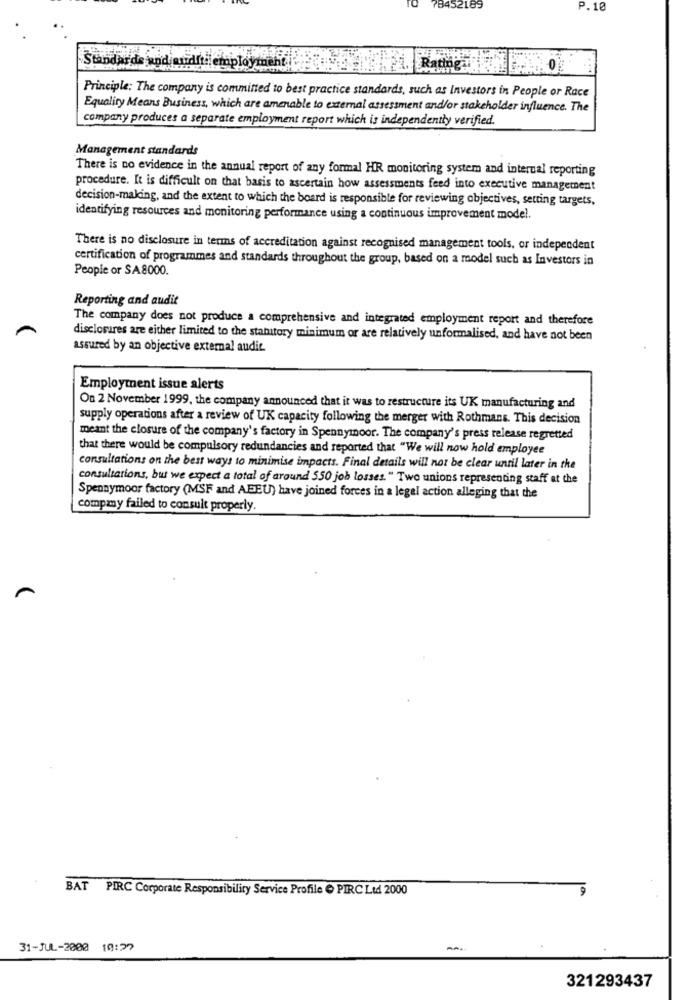
84521.83
P.10
Standards and audit: employment
Ra
Principle: The company is committed to best practice standards, such as Investors in People or Race
Equality Means Business, which are amenable to external assessment and/or stakeholder influence. The
company produces a separate employment report which is independentty verified
Management standards
There is no evidence in the annual report of any formal HR monitoring system and internal reporting
procedure. It is difficult on that basis to ascertain how assessments feed into executive management
decision-making, and the extent to which the board is responsible for reviewing objectives, setting targets,
identifying resources and monitoring performance using a continuous improvement model.
There is no disclosure in terms of accreditation against recognised management tools, or independent
certification of programmes and standards throughout the group, based on a model such as Investors in
People or SA8000.
Reporting and audit
The company does not produce a comprehensive and integrated employment report and therefore
disclosures are either limited to the stamitory minimum or are relatively unformalised, and have not been
assured by an objective external audit
Employment issue alerts
On 2 November 1999, the company announced that it was to restructure its UK manufacturing and
supply operations after a review of UK capacity following the merger with Rothmans. This decision
meant the closure of the company's factory in Spennymoor. The company's press release regretted
that there would be compulsory redundancies and reported that "We will now hold employee
consultations on the best ways to minimise impacts. Final details will not be clear until later in the
consultations, but we expect a total of around 550 job losses. " Two unions representing staff at the
Spennymoor factory (MSF and AFEU) have joined forces in a legel action alleging that the
company failed to consult properly.
BAT PIRC Corporate Responsibility Service Profile @ PIRC Ltd 2000
31-JUL-2000 10:27
321293437